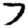
Digit: 7